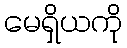
မေရှိယကို